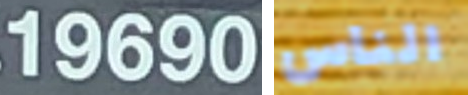
19690 الناس